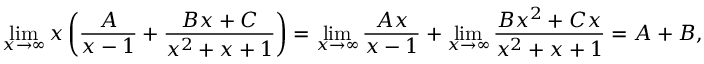
\operatorname* { l i m } _ { x \to \infty } x \left( { \frac { A } { x - 1 } } + { \frac { B x + C } { x ^ { 2 } + x + 1 } } \right) = \operatorname* { l i m } _ { x \to \infty } { \frac { A x } { x - 1 } } + \operatorname* { l i m } _ { x \to \infty } { \frac { B x ^ { 2 } + C x } { x ^ { 2 } + x + 1 } } = A + B ,